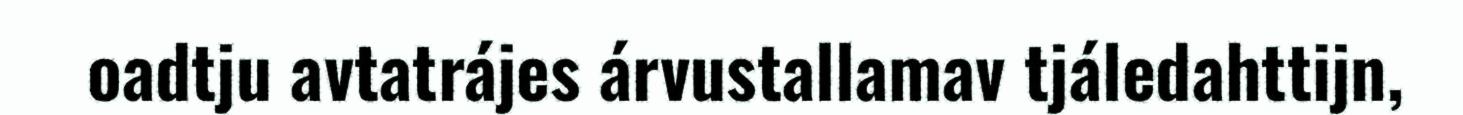
oadtju avtatrájes árvustallamav tjáledahttijn,